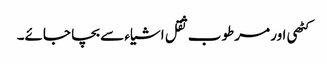
کٹھی اور مرطوب ثقل اشیاء سے بچا جائے۔